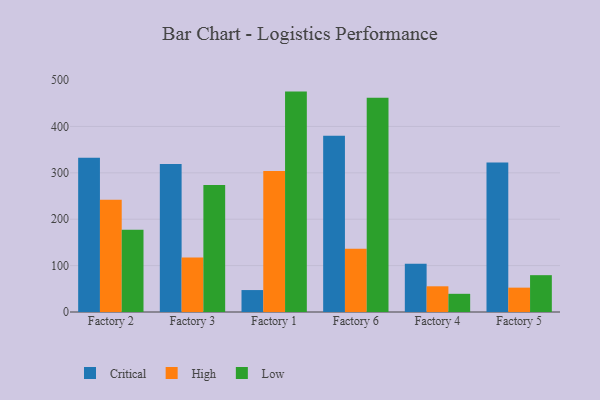
{"axis": {"x": "Factory", "y": "Production Output"}, "legend": ["Critical", "High", "Low"], "data": [{"x": "Factory 2", "y": 332.3, "type": "Critical"}, {"x": "Factory 2", "y": 241.7, "type": "High"}, {"x": "Factory 2", "y": 177.2, "type": "Low"}, {"x": "Factory 3", "y": 318.8, "type": "Critical"}, {"x": "Factory 3", "y": 117.3, "type": "High"}, {"x": "Factory 3", "y": 273.6, "type": "Low"}, {"x": "Factory 1", "y": 47.3, "type": "Critical"}, {"x": "Factory 1", "y": 303.9, "type": "High"}, {"x": "Factory 1", "y": 475.1, "type": "Low"}, {"x": "Factory 6", "y": 379.9, "type": "Critical"}, {"x": "Factory 6", "y": 136.2, "type": "High"}, {"x": "Factory 6", "y": 461.9, "type": "Low"}, {"x": "Factory 4", "y": 104.0, "type": "Critical"}, {"x": "Factory 4", "y": 55.4, "type": "High"}, {"x": "Factory 4", "y": 39.2, "type": "Low"}, {"x": "Factory 5", "y": 322.2, "type": "Critical"}, {"x": "Factory 5", "y": 52.5, "type": "High"}, {"x": "Factory 5", "y": 79.4, "type": "Low"}]}